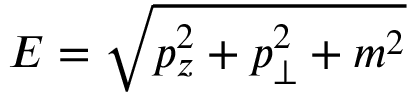
E = \sqrt { p _ { z } ^ { 2 } + p _ { \perp } ^ { 2 } + m ^ { 2 } }